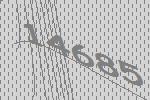
14685